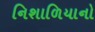
નિશાળિયાનો